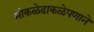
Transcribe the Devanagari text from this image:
मोकळेढाकळेपणाने